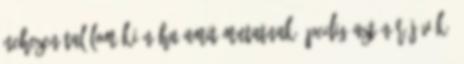
nehezen találom ki néha amit mutatnak, pedig aztán rájövök,